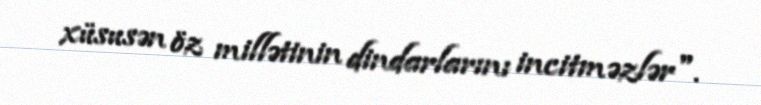
xüsusən öz millətinin dindarlarını incitməzlər".